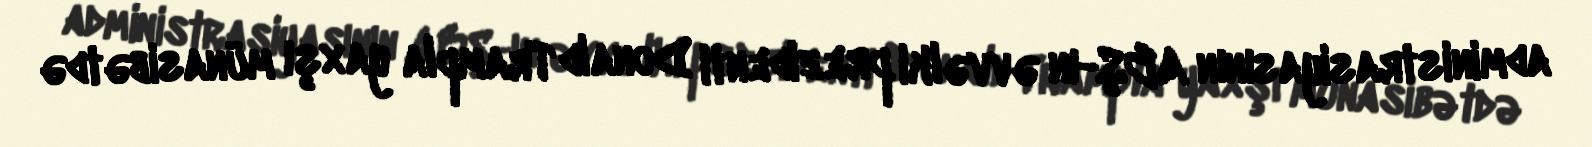
administrasiyasının ABŞ-ın əvvəlki prezidenti Donald Trampla yaxşı münasibətdə